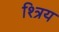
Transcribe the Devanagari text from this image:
श्त्रिय